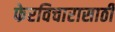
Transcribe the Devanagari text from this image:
फेरविचारासाठी